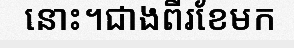
នោះ។ជាងពីរខែមក